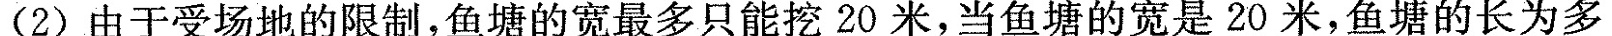
(2)由于受场地的限制，鱼塘的宽最多只能挖20米，当鱼塘的宽是20米，鱼塘的长为多